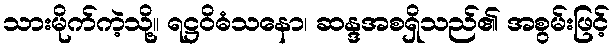
သားမိုက်ကဲ့သို့။ ရဋ္ဌဝိဓံသနော၊ ဆန္ဒအစရှိသည်၏ အစွမ်းဖြင့်